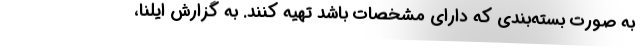
به صورت بسته‌بندی که دارای مشخصات باشد تهیه کنند. به گزارش ایلنا،